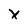
Character: x